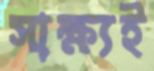
সাক্ষ্যই